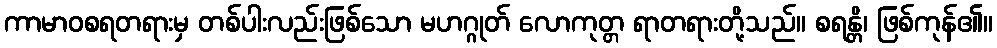
ကာမာဝစရတရားမှ တစ်ပါးလည်းဖြစ်သော မဟဂ္ဂုတ် လောကုတ္တ ရာတရားတို့သည်။ စရန္တိ၊ ဖြစ်ကုန်၏။